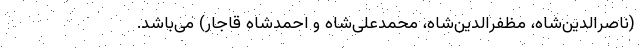
(ناصرالدین‌شاه، مظفرالدین‌شاه، محمدعلی‌شاه و احمدشاه قاجار) می‌باشد.